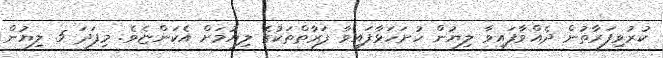
ކުރުވިފަރާތުން ދެއްވާފައިވާ ލިޔުން ހުށަހަޅާފައިވާ ފަރާތްތަކުގެ ލިޔުމަށް އެކަންޏެވެ. މިފަދަ 5 ލިޔުން